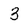
Character: 3